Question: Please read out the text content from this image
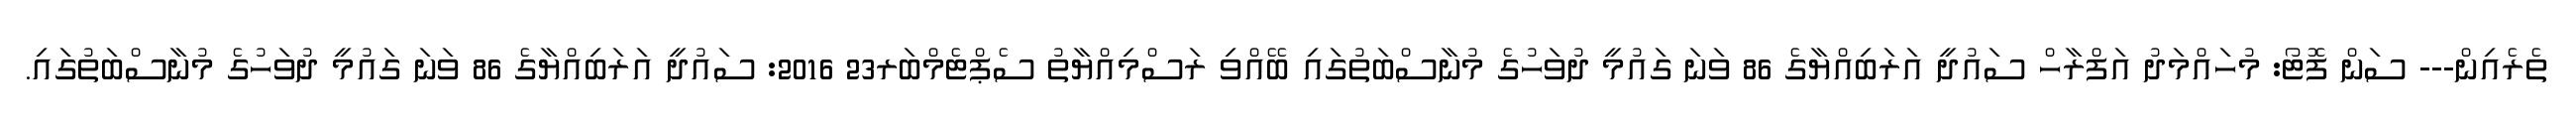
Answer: ތެރެއިން--- ސަން ފޮޓޯ: މުހައްމަދު އަފްރާހް ސައުދީ އަރަބިއްޔާގެ 86 ވަނަ ގައުމީ ދުވަހުގެ މުނާސްބަތުގައި ބޭއްވި ރަސްމިއްޔާތު ސެޕްޓެމްބަރ23 2016: ސައުދީ އަރަބިއްޔާގެ 86 ވަނަ ގައުމީ ދުވަހުގެ މުނާސްބަތުގައި.